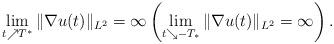
LaTeX: \begin{align*} \lim_{t\nearrow T^*} \|\nabla u(t)\|_{L^2} =\infty \left( \lim_{t\searrow -T_*} \|\nabla u(t)\|_{L^2} = \infty\right).\end{align*}